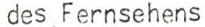
des Fernsehens